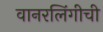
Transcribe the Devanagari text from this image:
वानरलिंगीची